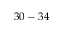
3 0 - 3 4